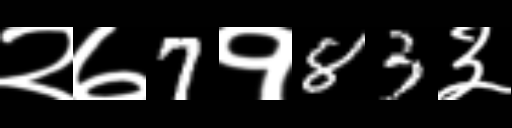
Text: २७7१83३